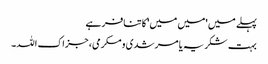
پہلے میں 'میں میں' کا تنافر ہے
بہت شکریہ یا مرشدی و مکرمی، جزاک اللہ۔